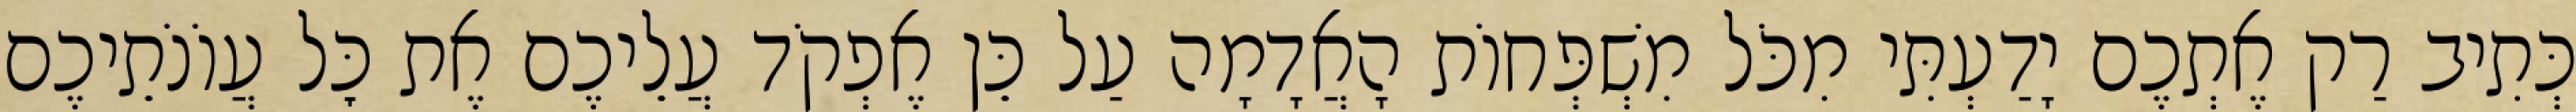
כְּתִיב רַק אֶתְכֶם יָדַעְתִּי מִכֹּל מִשְׁפְּחוֹת הָאֲדָמָה עַל כֵּן אֶפְקֹד עֲלֵיכֶם אֶת כׇּל עֲוֹנֹתֵיכֶם